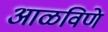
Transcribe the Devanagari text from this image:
आळविणे